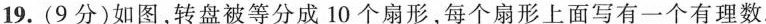
19.(9分)如图，转盘被等分成10个扇形，每个扇形上面写有一个有理数.